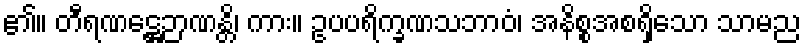
၏။ တီရဏဋ္ဌေဉာဏန္တိ၊ ကား။ ဥပပရိက္ခဏသဘာဝံ၊ အနိစ္စအစရှိသော သာမည